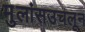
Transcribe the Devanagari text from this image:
मुलांसउचलून